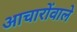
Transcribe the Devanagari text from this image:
आचारोंवाले